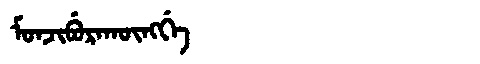
Manchu: ᠮᠣᠨᠵᡳᠪᡠᡵᠠᡴᡡᠩᡤᡝ
Romanization: MONJIBURAKŪNGGE